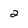
Character: 2